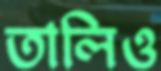
তালিও